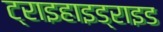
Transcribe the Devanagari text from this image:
ट्राइहाइड्राइड